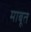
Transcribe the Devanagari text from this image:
माबूत